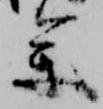
参